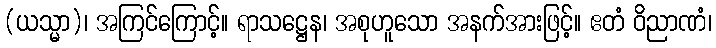
(ယသ္မာ)၊ အကြင်ကြောင့်။ ရာသဋ္ဌေန၊ အစုဟူသော အနက်အားဖြင့်။ ဧတံ ဝိညာဏံ၊